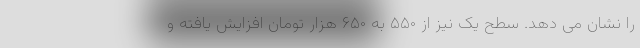
را نشان می دهد. سطح یک نیز از ۵۵۰ به ۶۵۰ هزار تومان افزایش یافته و